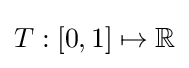
T:[0,1]\mapsto \mathbb {R}